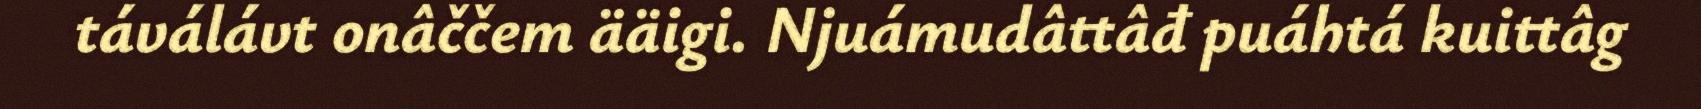
táválávt onâččem ääigi. Njuámudâttâđ puáhtá kuittâg